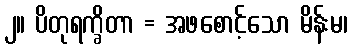
၂။ ပိတုရက္ခိတာ = အဖစောင့်သော မိန်းမ၊